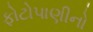
ફોટોપાણીનો